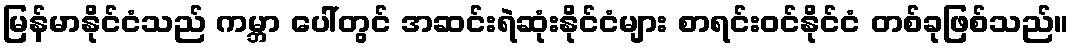
မြန်မာနိုင်ငံသည် ကမ္ဘာ ပေါ်တွင် အဆင်းရဲဆုံးနိုင်ငံများ စာရင်းဝင်နိုင်ငံ တစ်ခုဖြစ်သည်။